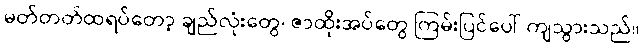
မတ်တတ်ထရပ်တော့ ချည်လုံးတွေ၊ ဇာထိုးအပ်တွေ ကြမ်းပြင်ပေါ် ကျသွားသည်။